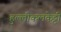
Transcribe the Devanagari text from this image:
हुल्लीकलकेट्टी